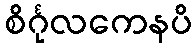
စိင်္ဂုလကေနပိ